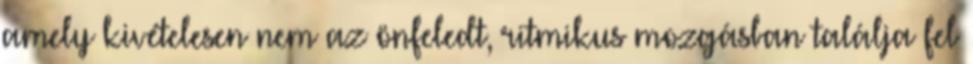
amely kivételesen nem az önfeledt, ritmikus mozgásban találja fel